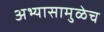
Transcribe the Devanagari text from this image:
अभ्यासामुळेच